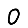
Digit: 0